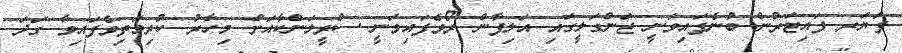
ފަޔަރ ފައިޓަރުން ބުނެފައިވަނީ ޖަންގަލީގައި އަލިފާން ރޯވެފައިވަނީ ސްރީލަންކާއަށް މިހާރު ކުރިމަތިވެފައިވާ ގަދަ